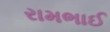
રામભાઈ